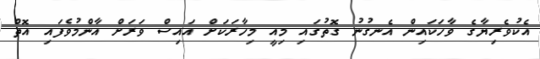
އެކުވެރިޔާގެ ވާހަކައިން އެނގުނު ގޮތުގަައި މިއީ މިހާރަކަށް އައިސް ވަރަށް އާންމުވެފައި އޮތް